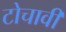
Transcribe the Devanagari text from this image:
टोचावी